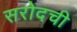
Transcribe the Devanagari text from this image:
सरोदची